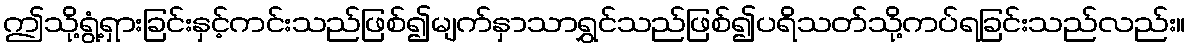
ဤသို့ရွံ့ရှားခြင်းနှင့်ကင်းသည်ဖြစ်၍မျက်နှာသာရွှင်သည်ဖြစ်၍ပရိသတ်သို့ကပ်ရခြင်းသည်လည်း။